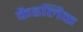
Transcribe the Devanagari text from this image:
कैडलिक